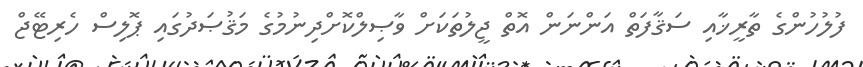
ފުލުހުންގެ ތާރީޚާއި ސަޤާފަތް އަންނަން އޮތް ޖީލުތަކަށް ވާޞިލްކޮށްދިނުމުގެ މަޤުޞަދުގައި ޕޮލިސް ހެރިޓޭޖް